DOW-UAP-D48, Department of the Air Force Report, 1996
Agency: Department of War
Incident date: 9/10/96
Page 123
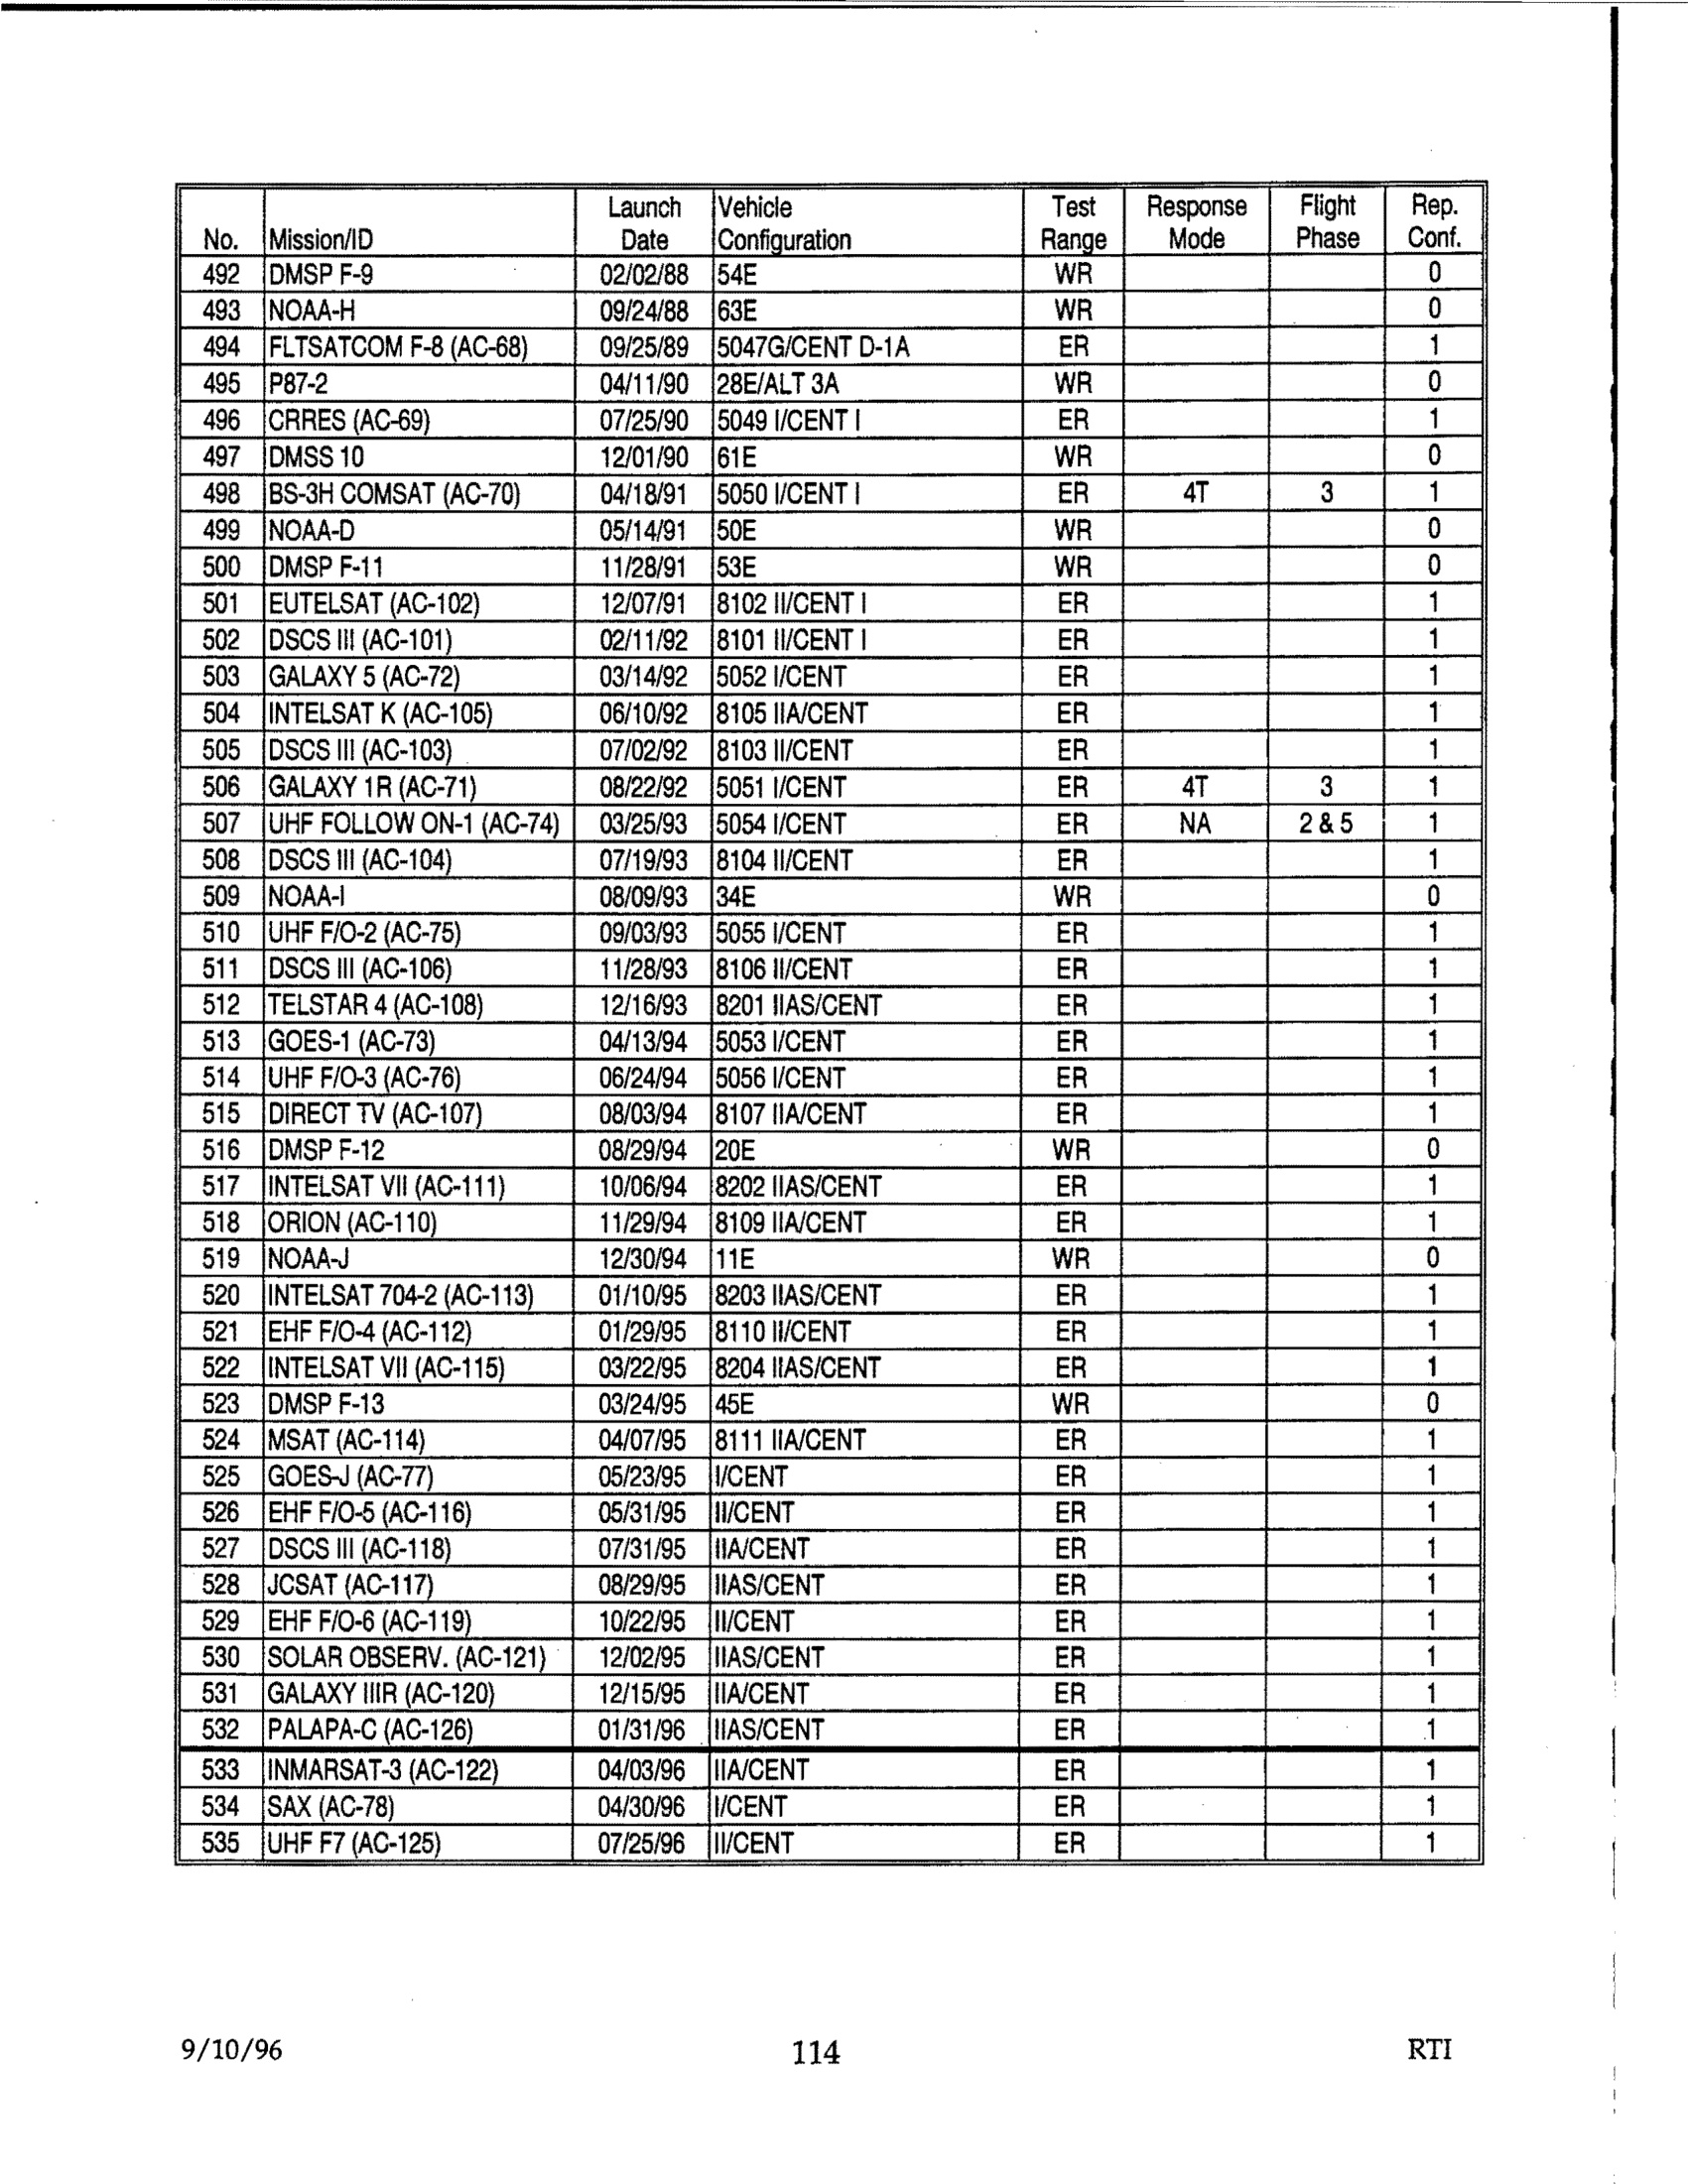